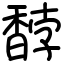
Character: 馞